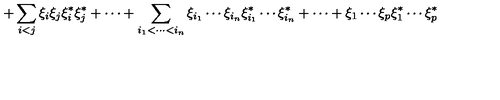
+ \sum _ { i < j } \xi _ { i } \xi _ { j } \xi _ { i } ^ { * } \xi _ { j } ^ { * } + \cdots + \sum _ { i _ { 1 } < \cdots < i _ { n } } \xi _ { i _ { 1 } } \cdots \xi _ { i _ { n } } \xi _ { i _ { 1 } } ^ { * } \cdots \xi _ { i _ { n } } ^ { * } + \cdots + \xi _ { 1 } \cdots \xi _ { p } \xi _ { 1 } ^ { * } \cdots \xi _ { p } ^ { * }